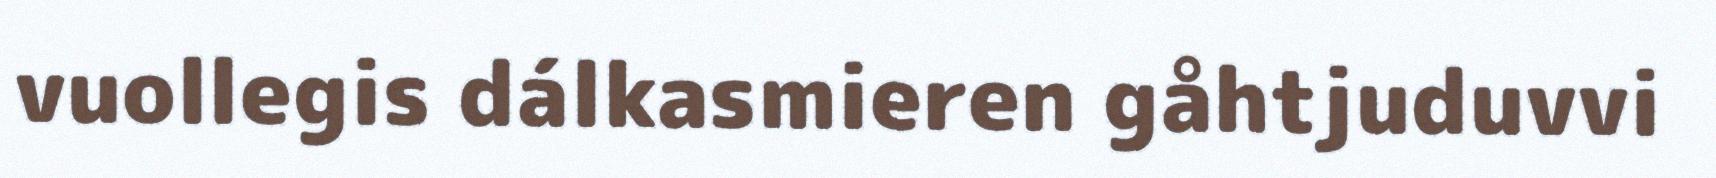
vuollegis dálkasmieren gåhtjuduvvi